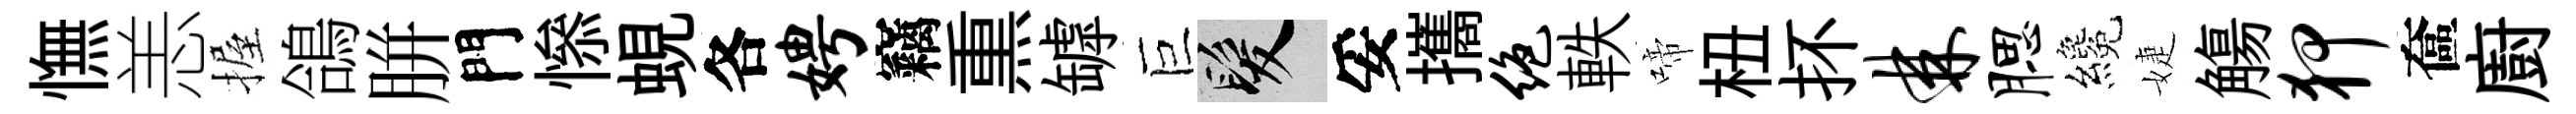
憮恙握鴿胼門𢡖蜆各娉竊𤋱罅巨髮妥攜绝軼啼杻抔棘腮纔婕觴狎奩廚